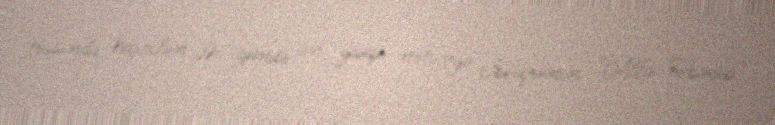
trasında keçirilən ilk gündə ən yaxşı nəticəyə İsveçrənin "Alfa Romeo"